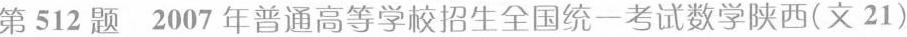
第512题2007年普通高等学招生全国统一考试数学陕西(文21)